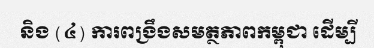
និង (៤) ការពង្រឹងសមត្ថភាពកម្ពុជា ដើម្បី